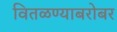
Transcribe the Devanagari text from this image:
वितळण्याबरोबर